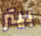
بيتر